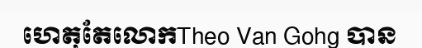
ហេតុតែលោកTheo Van Gohg បាន